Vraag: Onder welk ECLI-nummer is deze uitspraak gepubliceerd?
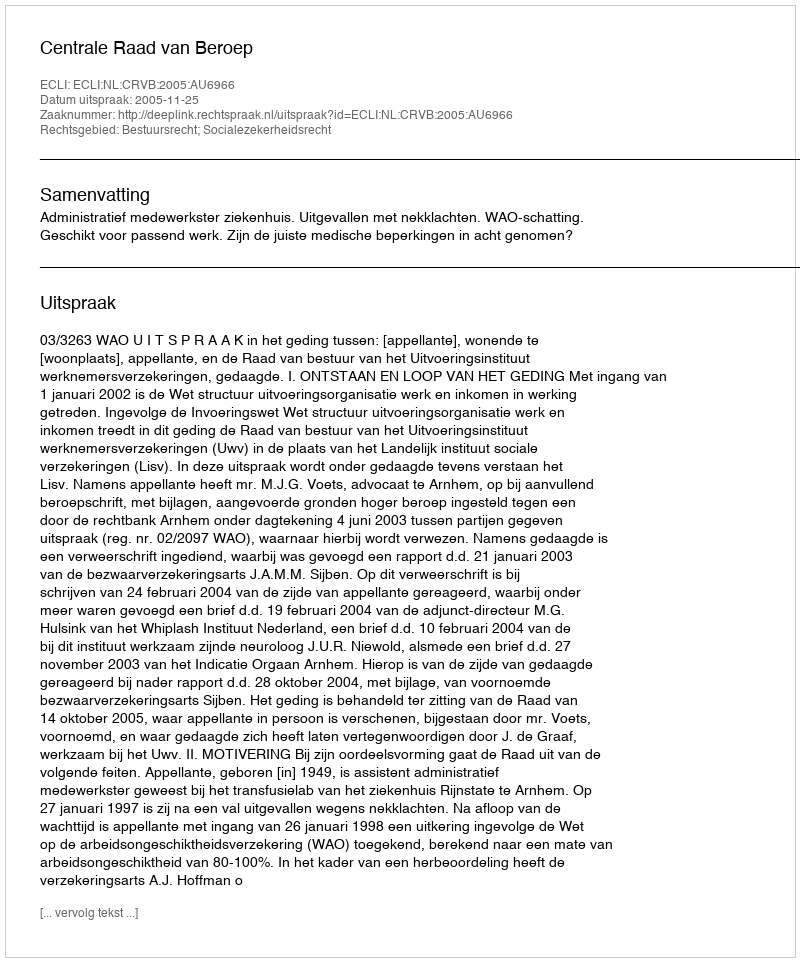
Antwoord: ECLI:NL:CRVB:2005:AU6966